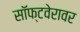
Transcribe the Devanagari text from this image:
सॉफ्टवेरावर